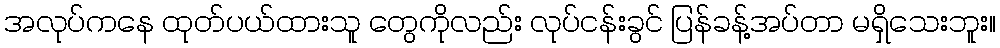
အလုပ်ကနေ ထုတ်ပယ်ထားသူ တွေကိုလည်း လုပ်ငန်းခွင် ပြန်ခန့်အပ်တာ မရှိသေးဘူး။